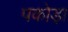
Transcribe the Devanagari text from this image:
पकोड़ा़